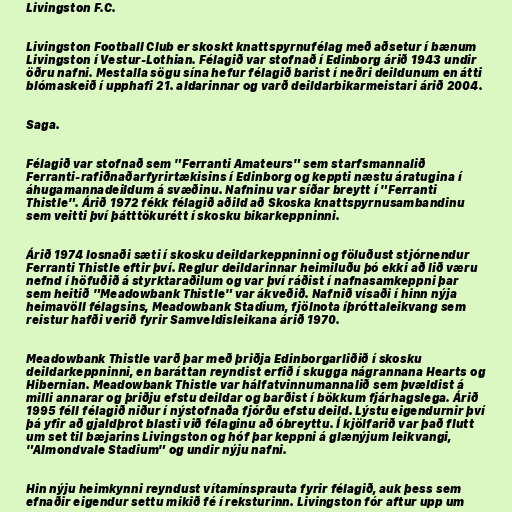
Livingston F.C.

Livingston Football Club er skoskt knattspyrnufélag með aðsetur í bænum
Livingston í Vestur-Lothian. Félagið var stofnað í Edinborg árið 1943 undir
öðru nafni. Mestalla sögu sína hefur félagið barist í neðri deildunum en átti
blómaskeið í upphafi 21. aldarinnar og varð deildarbikarmeistari árið 2004.

Saga.

Félagið var stofnað sem "Ferranti Amateurs" sem starfsmannalið
Ferranti-rafiðnaðarfyrirtækisins í Edinborg og keppti næstu áratugina í
áhugamannadeildum á svæðinu. Nafninu var síðar breytt í "Ferranti
Thistle". Árið 1972 fékk félagið aðild að Skoska knattspyrnusambandinu
sem veitti því þátttökurétt í skosku bikarkeppninni.

Árið 1974 losnaði sæti í skosku deildarkeppninni og föluðust stjórnendur
Ferranti Thistle eftir því. Reglur deildarinnar heimiluðu þó ekki að lið væru
nefnd í höfuðið á styrktaraðilum og var því ráðist í nafnasamkeppni þar
sem heitið "Meadowbank Thistle" var ákveðið. Nafnið vísaði í hinn nýja
heimavöll félagsins, Meadowbank Stadium, fjölnota íþróttaleikvang sem
reistur hafði verið fyrir Samveldisleikana árið 1970.

Meadowbank Thistle varð þar með þriðja Edinborgarliðið í skosku
deildarkeppninni, en baráttan reyndist erfið í skugga nágrannana Hearts og
Hibernian. Meadowbank Thistle var hálfatvinnumannalið sem þvældist á
milli annarar og þriðju efstu deildar og barðist í bökkum fjárhagslega. Árið
1995 féll félagið niður í nýstofnaða fjórðu efstu deild. Lýstu eigendurnir því
þá yfir að gjaldþrot blasti við félaginu að óbreyttu. Í kjölfarið var það flutt
um set til bæjarins Livingston og hóf þar keppni á glænýjum leikvangi,
"Almondvale Stadium" og undir nýju nafni.

Hin nýju heimkynni reyndust vítamínsprauta fyrir félagið, auk þess sem
efnaðir eigendur settu mikið fé í reksturinn. Livingston fór aftur upp um